Problem: 38 + 48 = ?
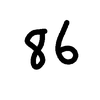
Handwritten answer: 86